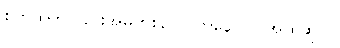
စိတ်ထဲကလည်းအမှတ်စဉ်(၁)ကနေ(၁၀)အထိဆိုပါ။